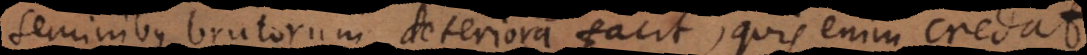
seminibus brutorum deteriora facit, quis enim credat